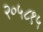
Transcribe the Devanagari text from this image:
२०५८१५